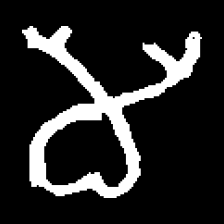
Pyu character \u2014 Myanmar letter: မ (romanized: ma)